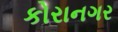
કોરાનગર